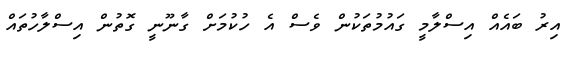
އިރު ބައެއް އިސްލާމީ ގައުމުތަކުން ވެސް އެ ހުކުމަށް ގާނޫނީ ގޮތުން އިސްލާހުތައް